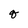
Character: q